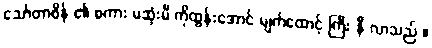
သော်တာစိန် ၏ စကား မဆုံးမီ ကိုထွန်းအောင် မျက်ထောင့် ကြီး နီ လာသည် ။